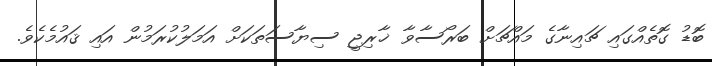
ބޮޑު ގޮތެއްގައި ޗައިނާގެ މައްޗަށް ބަރޯސާވާ ޚާރިޖީ ސިޔާސަތަކަށް އަމަލުކުރަމުން އައި ޤައުމެކެވެ.